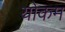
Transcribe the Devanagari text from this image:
योकम